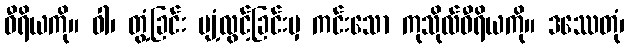
ဝီရိယကို။ ဝါ၊ တွံ့ခြင်း ပျံ့လွင့်ခြင်းမှ ကင်းသော ကုသိုလ်ဝီရိယကို။ ဒဿေတုံ၊